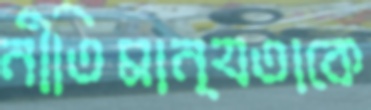
নীতিমান্যতাকে